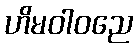
ဟိမဝါဝညေ